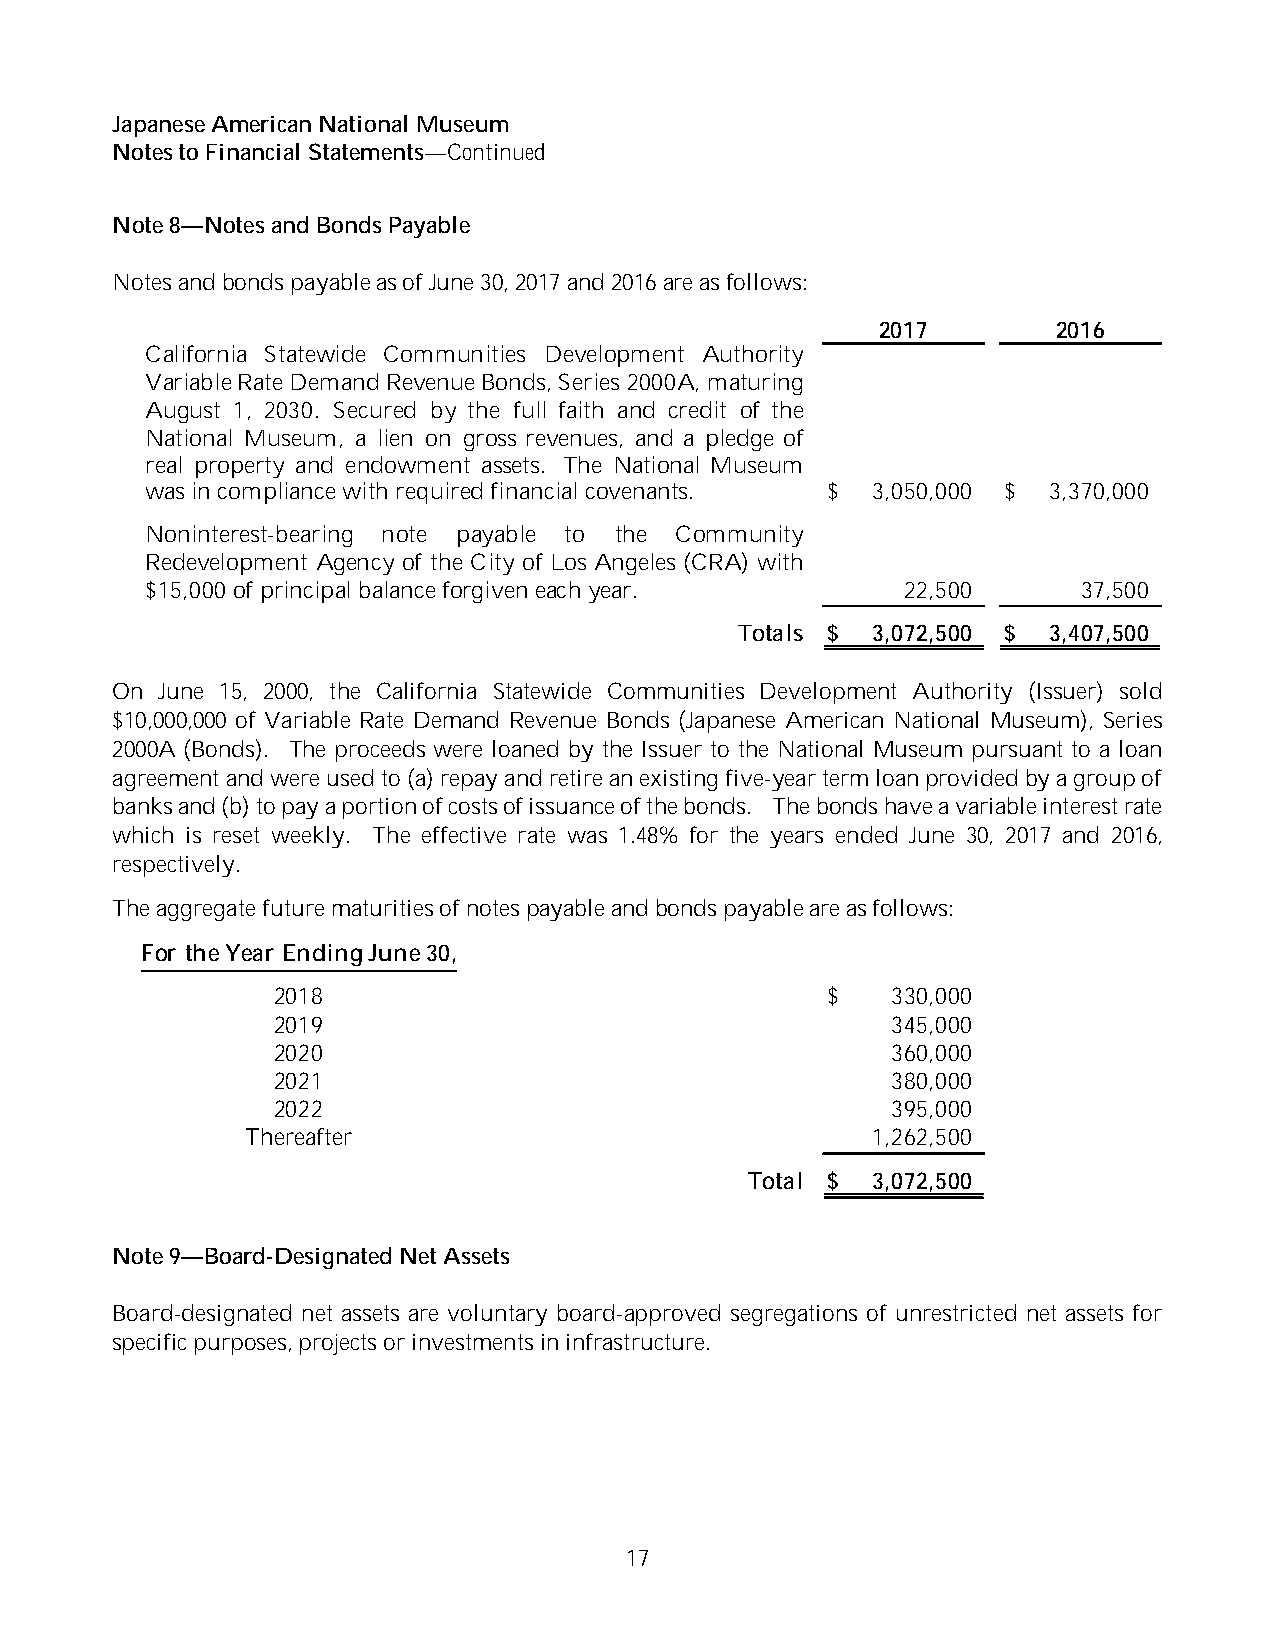
Japanese American National Museum
 Notes to Financial Statements—Continued
 Note 8—Notes and Bonds Payable
 Notes and bonds payable as of June 30, 2017and 2016are as follows:
 2017        2016
 California Statewide Communities Development Authority
 VariableRateDemandRevenueBonds, Series 2000A, maturing
 August 1, 2030. Secured by the full faith and credit of the
 National Museum, a lien on gross revenues, and a pledge of
 real property and endowment assets. The National Museum
 was in compliancewith required financial covenants. $ 3,050,000 $ 3,370,000
 Noninterest-bearing note payable to the Community
 Redevelopment Agency of the City of Los Angeles (CRA) with
 $15,000 of principal balanceforgiven each year.   22,500      37,500
 Totals $ 3,072,500 $ 3,407,500
 On  June 15, 2000, the California Statewide Communities Development Authority (Issuer) sold
 $10,000,000 of Variable Rate Demand Revenue Bonds (Japanese American National Museum), Series
 2000A (Bonds). The proceeds were loaned by the Issuer to the National Museum pursuant to a loan
 agreement and were used to (a) repay and retire an existing five-year term loan provided by a group of
 banks and (b) to pay a portion of costs of issuance of the bonds. The bonds have a variable interest rate
 which is reset weekly. The effective rate was 1.48% for the years ended June 30, 2017 and 2016,
 respectively.
 The aggregate future maturities of notes payable and bonds payable are as follows:
 For theYear Ending June30,
 2018                                 $   330,000
 2019                                     345,000
 2020                                     360,000
 2021                                     380,000
 2022                                     395,000
 Thereafter                                1,262,500
 Total $  3,072,500
 Note 9—Board-Designated Net Assets
 Board-designated net assets are voluntary board-approved segregations of unrestricted net assets for
 specific purposes, projects or investmentsin infrastructure.
 17